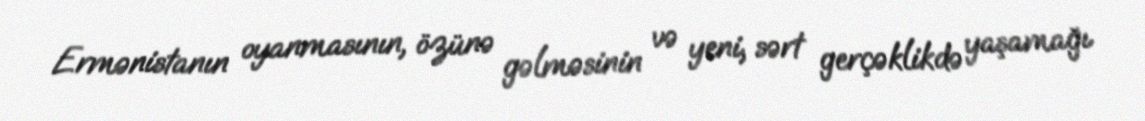
Ermənistanın oyanmasının, özünə gəlməsinin və yeni, sərt gerçəklikdə yaşamağı